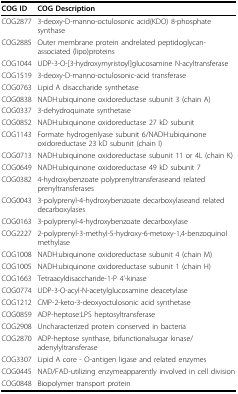
<table><thead><tr><td><b>COG ID</b></td><td><b>COG Description</b></td></tr></thead><tbody><tr><td>COG2877</td><td>3-deoxy-D-manno-octulosonic acid(KDO) 8-phosphate synthase</td></tr><tr><td>COG2885</td><td>Outer membrane protein andrelated peptidoglycan-associated (lipo)proteins</td></tr><tr><td>COG1044</td><td>UDP-3-O-[3-hydroxymyristoyl]glucosamine N-acyltransferase</td></tr><tr><td>COG1519</td><td>3-deoxy-D-manno-octulosonic-acid transferase</td></tr><tr><td>COG0763</td><td>Lipid A disaccharide synthetase</td></tr><tr><td>COG0838</td><td>NADH:ubiquinone oxidoreductase subunit 3 (chain A)</td></tr><tr><td>COG0337</td><td>3-dehydroquinate synthetase</td></tr><tr><td>COG0852</td><td>NADH:ubiquinone oxidoreductase 27 kD subunit</td></tr><tr><td>COG1143</td><td>Formate hydrogenlyase subunit 6/NADH:ubiquinone oxidoreductase 23 kD subunit (chain I)</td></tr><tr><td>COG0713</td><td>NADH:ubiquinone oxidoreductase subunit 11 or 4L (chain K)</td></tr><tr><td>COG0649</td><td>NADH:ubiquinone oxidoreductase 49 kD subunit 7</td></tr><tr><td>COG0382</td><td>4-hydroxybenzoate polyprenyltransferaseand related prenyltransferases</td></tr><tr><td>COG0043</td><td>3-polyprenyl-4-hydroxybenzoate decarboxylaseand related decarboxylases</td></tr><tr><td>COG0163</td><td>3-polyprenyl-4-hydroxybenzoate decarboxylase</td></tr><tr><td>COG2227</td><td>2-polyprenyl-3-methyl-5-hydroxy-6-metoxy-1,4-benzoquinol methylase</td></tr><tr><td>COG1008</td><td>NADH:ubiquinone oxidoreductase subunit 4 (chain M)</td></tr><tr><td>COG1005</td><td>NADH:ubiquinone oxidoreductase subunit 1 (chain H)</td></tr><tr><td>COG1663</td><td>Tetraacyldisaccharide-1-P 4&#x27;-kinase</td></tr><tr><td>COG0774</td><td>UDP-3-O-acyl-N-acetylglucosamine deacetylase</td></tr><tr><td>COG1212</td><td>CMP-2-keto-3-deoxyoctulosonic acid synthetase</td></tr><tr><td>COG0859</td><td>ADP-heptose:LPS heptosyltransferase</td></tr><tr><td>COG2908</td><td>Uncharacterized protein conserved in bacteria</td></tr><tr><td>COG2870</td><td>ADP-heptose synthase, bifunctionalsugar kinase/adenylyltransferase</td></tr><tr><td>COG3307</td><td>Lipid A core - O-antigen ligase and related enzymes</td></tr><tr><td>COG0445</td><td>NAD/FAD-utilizing enzymeapparently involved in cell division</td></tr><tr><td>COG0848</td><td>Biopolymer transport protein</td></tr></tbody></table>